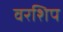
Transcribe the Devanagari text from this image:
वरशिप